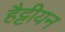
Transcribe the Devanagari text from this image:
हैट्टीयन